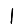
Digit: 1